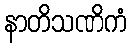
နာတိသဏိကံ